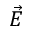
\vec { E }